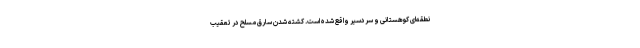
نطقه‌ای کوهستانی و سردسیر واقع شده‌ است. کشته شدن سارق مسلح در تعقیب